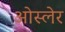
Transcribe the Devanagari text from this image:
ओस्लेर